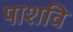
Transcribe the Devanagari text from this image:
पाशवि